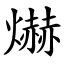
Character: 爀